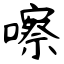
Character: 嚓